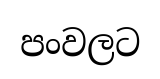
පංවලට